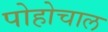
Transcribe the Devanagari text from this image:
पोहोचाल